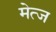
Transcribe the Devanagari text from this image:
मेत्ज